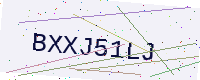
Text: BXXJ51LJ